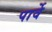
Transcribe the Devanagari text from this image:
पार्वे